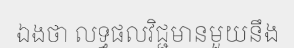
ឯងថា លទ្ធផលវិជ្ជមានមួយនឹង